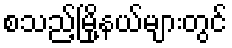
စသည့်မြို့နယ်များတွင်